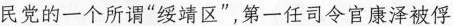
民党的一个所谓”绥靖区`，第一任司令官康泽被俘